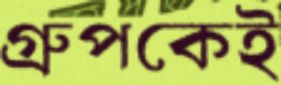
গ্রুপকেই